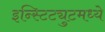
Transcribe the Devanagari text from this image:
इन्स्टिट्युटमध्ये